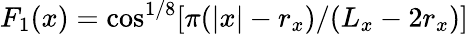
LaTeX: F_{1}(x)=\cos^{1/8}[\pi(|{x}|-r_{x})/(L_{x}-2r_{x})]